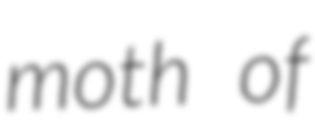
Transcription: moth of